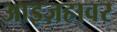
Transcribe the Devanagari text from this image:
आइज़हावर